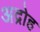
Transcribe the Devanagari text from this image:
अद्रोह